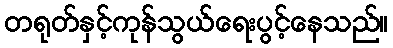
တရုတ်နှင့်ကုန်သွယ်ရေးပွင့်နေသည်။